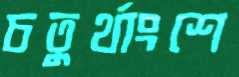
চতুর্থাংশে